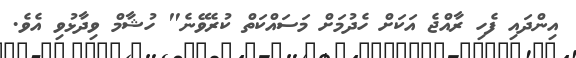
އިންދައި ފެހި ރާއްޖެ އަކަށް ހެދުމަަށް މަސައްކަތް ކުރެވޭނެ" ހުޝާމް ވިދާޅުވި އެވެ.